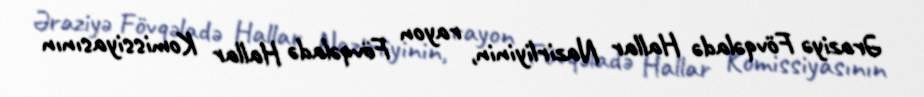
Əraziyə Fövqəladə Hallar Nazirliyinin, rayon Fövqəladə Hallar Komissiyasının